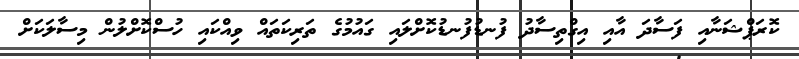
ކޮރަޕްޝަނާއި ފަސާދަ އާއި އިގްތިސާދު ފުނޑުފުނޑުކޮށްލައި ގައުމުގެ ތަރިކަތައް ވިއްކައި ހުސްކޮށްލުން މިސާލަކަށް